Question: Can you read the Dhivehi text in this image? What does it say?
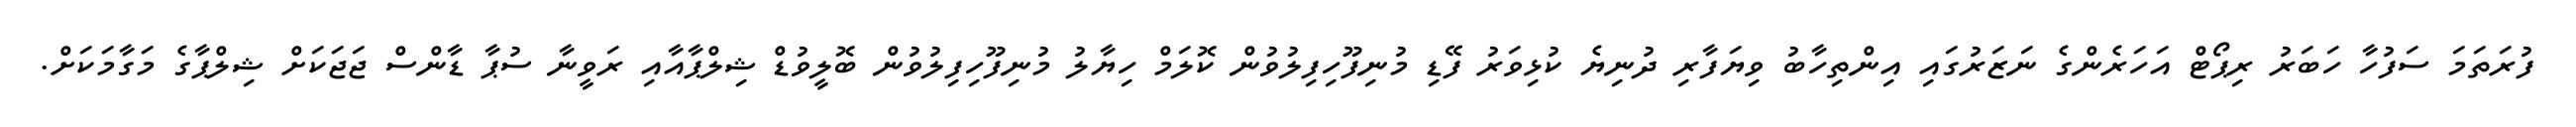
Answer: ފުރަތަމަ ސަފުހާ ހަބަރު ރިޕޯޓް އަހަރެންގެ ނަޒަރުގައި އިންތިހާބު ވިޔަފާރި ދުނިޔެ ކުޅިވަރު ފޭޑި މުނިފޫހިފިލުވުން ކޮލަމް ހިޔާލު މުނިފޫހިފިލުވުން ބޮލީވުޑް ޝިލްޕާއާއި ރަވީނާ ސުޕާ ޑާންސް ޖަޖަކަށް ޝިލްޕާގެ މަގާމަކަށް.